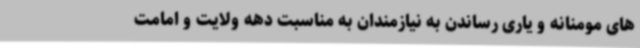
های مومنانه و یاری رساندن به نیازمندان به مناسبت دهه ولایت و امامت